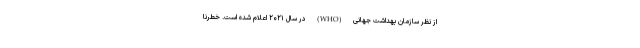
از نظر سازمان بهداشت جهانی (WHO) در سال ۲۰۲۱ اعلام شده است. خطرنا